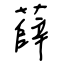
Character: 薛